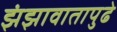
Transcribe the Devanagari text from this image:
झंझावातापुढे